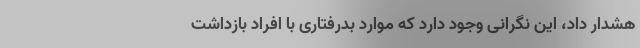
هشدار داد، این نگرانی وجود دارد که موارد بدرفتاری با افراد بازداشت